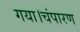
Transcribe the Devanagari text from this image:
गया।चंपारण